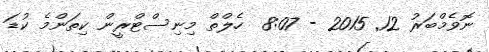
ނޮވެމްބަރު 12